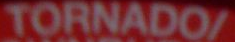
TORNADO/